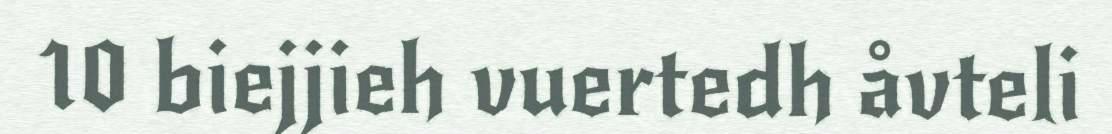
10 biejjieh vuertedh åvteli